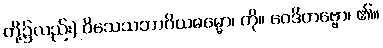
တို့၌လည်း) ဝိသေသဘာဂိယဓမ္မော၊ ကို။ ဝေဒိတဗ္ဗော၊ ၏။